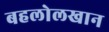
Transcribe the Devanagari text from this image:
बहलोलखान